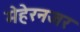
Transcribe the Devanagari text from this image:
मेहेरनजर